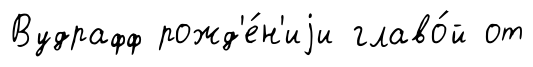
Вудрафф рожд'е́н'иjи главо́й от